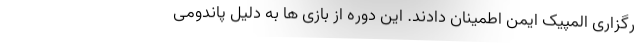
رگزاری المپیک ایمن اطمینان دادند. این دوره از بازی ها به دلیل پاندومی